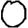
Digit: 0